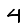
Digit: 4